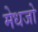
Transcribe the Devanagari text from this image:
मेधजो